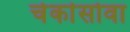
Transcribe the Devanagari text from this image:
चेर्कासोवा